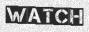
WATCH